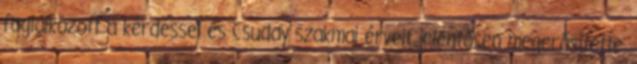
foglalkozott a kérdéssel és Csuday szakmai érveit jelentősen megerősítette.